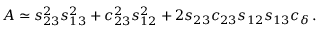
A \simeq s _ { 2 3 } ^ { 2 } s _ { 1 3 } ^ { 2 } + c _ { 2 3 } ^ { 2 } s _ { 1 2 } ^ { 2 } + 2 s _ { 2 3 } c _ { 2 3 } s _ { 1 2 } s _ { 1 3 } c _ { \delta } \, .